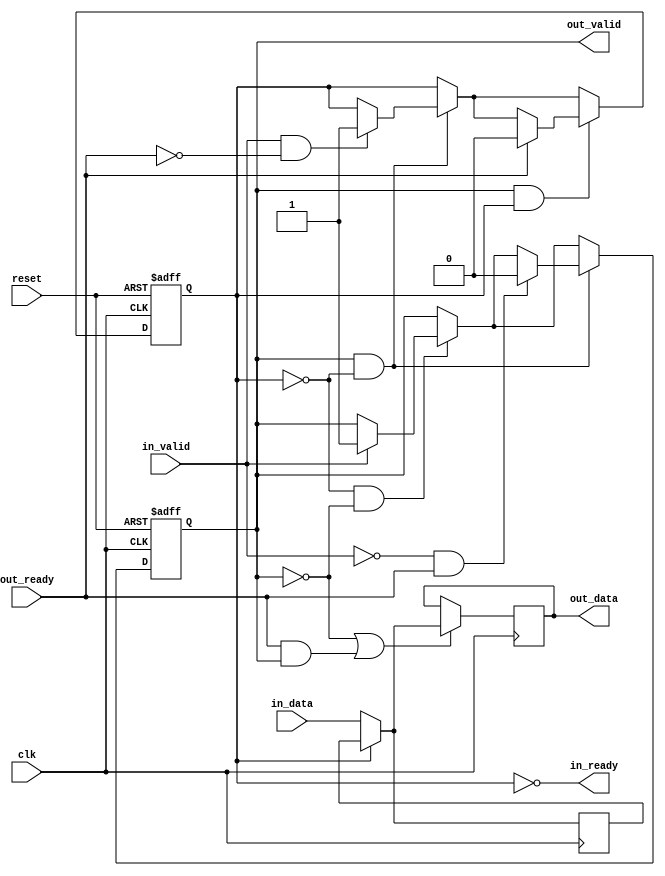
// (C) 2001-2019 Intel Corporation. All rights reserved.
// Your use of Intel Corporation's design tools, logic functions and other 
// software and tools, and its AMPP partner logic functions, and any output 
// files from any of the foregoing (including device programming or simulation 
// files), and any associated documentation or information are expressly subject 
// to the terms and conditions of the Intel Program License Subscription 
// Agreement, Intel FPGA IP License Agreement, or other applicable 
// license agreement, including, without limitation, that your use is for the 
// sole purpose of programming logic devices manufactured by Intel and sold by 
// Intel or its authorized distributors.  Please refer to the applicable 
// agreement for further details.


// (C) 2001-2018 Intel Corporation. All rights reserved.
// Your use of Intel Corporation's design tools, logic functions and other 
// software and tools, and its AMPP partner logic functions, and any output 
// files from any of the foregoing (including device programming or simulation 
// files), and any associated documentation or information are expressly subject 
// to the terms and conditions of the Intel Program License Subscription 
// Agreement, Intel FPGA IP License Agreement, or other applicable 
// license agreement, including, without limitation, that your use is for the 
// sole purpose of programming logic devices manufactured by Intel and sold by 
// Intel or its authorized distributors.  Please refer to the applicable 
// agreement for further details.


// $File: //acds/rel/19.2/ip/avalon_st/altera_avalon_st_pipeline_stage/altera_avalon_st_pipeline_base.v $
// $Revision: #1 $
// $Date: 2019/03/07 $
// $Author: psgswbuild $
//------------------------------------------------------------------------------

`timescale 1ns / 1ns

module altera_avalon_st_pipeline_base (
                                       clk,
                                       reset,
                                       in_ready,
                                       in_valid,
                                       in_data,
                                       out_ready,
                                       out_valid,
                                       out_data
                                       );

   parameter  SYMBOLS_PER_BEAT  = 1;
   parameter  BITS_PER_SYMBOL   = 8;
   parameter  PIPELINE_READY    = 1;
   parameter  SYNC_RESET        = 0;
   localparam DATA_WIDTH = SYMBOLS_PER_BEAT * BITS_PER_SYMBOL;
   
   input clk;
   input reset;
   
   output in_ready;
   input  in_valid;
   input [DATA_WIDTH-1:0] in_data;
   
   input                  out_ready;
   output                 out_valid;
   output [DATA_WIDTH-1:0] out_data;
   
   reg                     full0;
   reg                     full1;
   reg [DATA_WIDTH-1:0]    data0;
   reg [DATA_WIDTH-1:0]    data1;

   assign out_valid = full1;
   assign out_data  = data1;    
   
   // Generation of internal reset synchronization
   reg internal_sclr;
   generate if (SYNC_RESET == 1) begin : rst_syncronizer
      always @ (posedge clk) begin
         internal_sclr <= reset;
      end
   end
   endgenerate

   generate if (PIPELINE_READY == 1) 
     begin : REGISTERED_READY_PLINE
        
        assign in_ready  = !full0;

        always @(posedge clk) begin
              // ----------------------------
              // always load the second slot if we can
              // ----------------------------
              if (~full0)
                data0 <= in_data;
              // ----------------------------
              // first slot is loaded either from the second,
              // or with new data
              // ----------------------------
              if (~full1 || (out_ready && out_valid)) begin
                 if (full0)
                   data1 <= data0;
                 else
                   data1 <= in_data;
              end
        end
       
        if (SYNC_RESET == 0) begin : async_rst0 
           always @(posedge clk or posedge reset) begin
              if (reset) begin
                 full0    <= 1'b0;
                 full1    <= 1'b0;
              end else begin
                 // no data in pipeline
                 if (~full0 & ~full1) begin
                    if (in_valid) begin
                       full1 <= 1'b1;
                    end
                 end // ~f1 & ~f0

                 // one datum in pipeline 
                 if (full1 & ~full0) begin
                    if (in_valid & ~out_ready) begin
                       full0 <= 1'b1;
                    end
                    // back to empty
                    if (~in_valid & out_ready) begin
                       full1 <= 1'b0;
                    end
                 end // f1 & ~f0
                 
                 // two data in pipeline 
                 if (full1 & full0) begin
                    // go back to one datum state
                    if (out_ready) begin
                       full0 <= 1'b0;
                    end
                 end // end go back to one datum stage
              end
           end
       end // async_rst0
       else begin // sync_rst0
           always @(posedge clk ) begin
              if (internal_sclr) begin
                 full0    <= 1'b0;
                 full1    <= 1'b0;
              end else begin
                 // no data in pipeline
                 if (~full0 & ~full1) begin
                    if (in_valid) begin
                       full1 <= 1'b1;
                    end
                 end // ~f1 & ~f0

                 // one datum in pipeline 
                 if (full1 & ~full0) begin
                    if (in_valid & ~out_ready) begin
                       full0 <= 1'b1;
                    end
                    // back to empty
                    if (~in_valid & out_ready) begin
                       full1 <= 1'b0;
                    end
                 end // f1 & ~f0
                 
                 // two data in pipeline 
                 if (full1 & full0) begin
                    // go back to one datum state
                    if (out_ready) begin
                       full0 <= 1'b0;
                    end
                 end // end go back to one datum stage
              end
           end
       end // sync_rst0
     end 
   else 
     begin : UNREGISTERED_READY_PLINE
	
	// in_ready will be a pass through of the out_ready signal as it is not registered
	assign in_ready = (~full1) | out_ready;

   if (SYNC_RESET == 0) begin : async_rst1	
	   always @(posedge clk or posedge reset) begin
	      if (reset) begin
	         data1 <= 'b0;
	         full1 <= 1'b0;
	      end
	      else begin
	         if (in_ready) begin
	   	 data1 <= in_data;
	   	 full1 <= in_valid;
	         end
	      end
	   end
   end // async_rst1
   else begin // sync_rst1
      always @(posedge clk ) begin
	      if (internal_sclr) begin
	         data1 <= 'b0;
	         full1 <= 1'b0;
	      end
	      else begin
	         if (in_ready) begin
	   	 data1 <= in_data;
	   	 full1 <= in_valid;
	         end
	      end
	   end
	end // sync_rst1	
     end
   endgenerate
endmodule